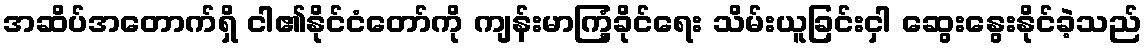
အဆိပ်အတောက်ရှိ ငါ၏နိုင်ငံတော်ကို ကျန်းမာကြံ့ခိုင်ရေး သိမ်းယူခြင်းငှါ ဆွေးနွေးနိုင်ခဲ့သည်